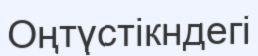
Оңтүстікндегі